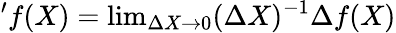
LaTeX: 'f(X)=\mathrm{lim}_{\Delta X\rightarrow 0}(\Delta X)^{-1}\Delta f(X)